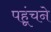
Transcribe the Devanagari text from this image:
पहूंचने